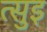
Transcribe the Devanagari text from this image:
त्सुइ